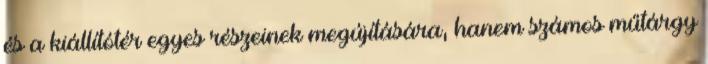
és a kiállítótér egyes részeinek megújítására, hanem számos műtárgy